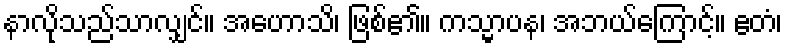
နာလိုသည်သာလျှင်။ အဟောသိ၊ ဖြစ်၏။ ကသ္မာပန၊ အဘယ်ကြောင့်။ ဧတံ၊